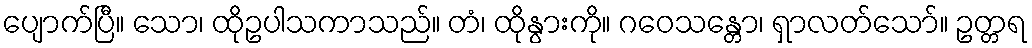
ပျောက်ပြီ။ သော၊ ထိုဥပါသကာသည်။ တံ၊ ထိုနွားကို။ ဂဝေသန္တော၊ ရှာလတ်သော်။ ဥတ္တရ